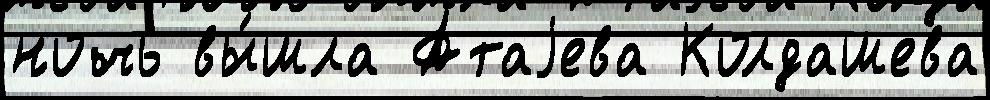
ночь вы́шла Атаjева Колдашева